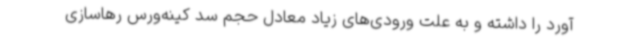
آورد را داشته و به علت ورودی‌های زیاد معادل حجم سد کینه‌ورس رهاسازی